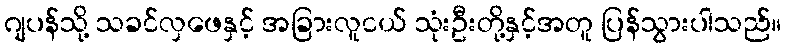
ဂျပန်သို့ သခင်လှဖေနှင့် အခြားလူငယ် သုံးဦးတို့နှင့်အတူ ပြန်သွားပါသည်။